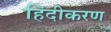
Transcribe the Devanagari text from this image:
हिंदीकरण